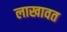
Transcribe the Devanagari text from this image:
लाखावत